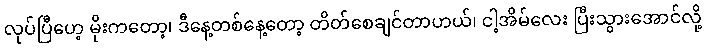
လုပ်ပြီဟေ့ မိုးကတော့၊ ဒီနေ့တစ်နေ့တော့ တိတ်စေချင်တာဟယ်၊ ငါ့အိမ်လေး ပြီးသွားအောင်လို့